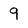
Character: 9